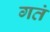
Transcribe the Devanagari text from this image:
गतं